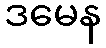
ဒမေန